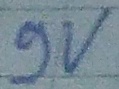
Text: 9v